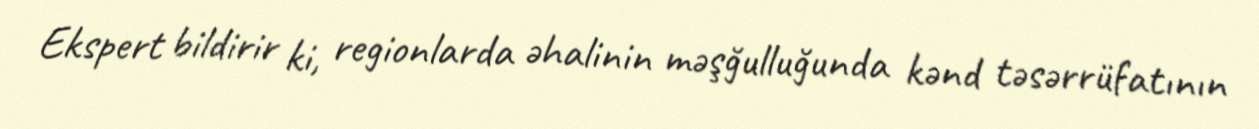
Ekspert bildirir ki, regionlarda əhalinin məşğulluğunda kənd təsərrüfatının